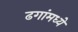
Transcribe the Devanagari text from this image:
ढगांमध्ये